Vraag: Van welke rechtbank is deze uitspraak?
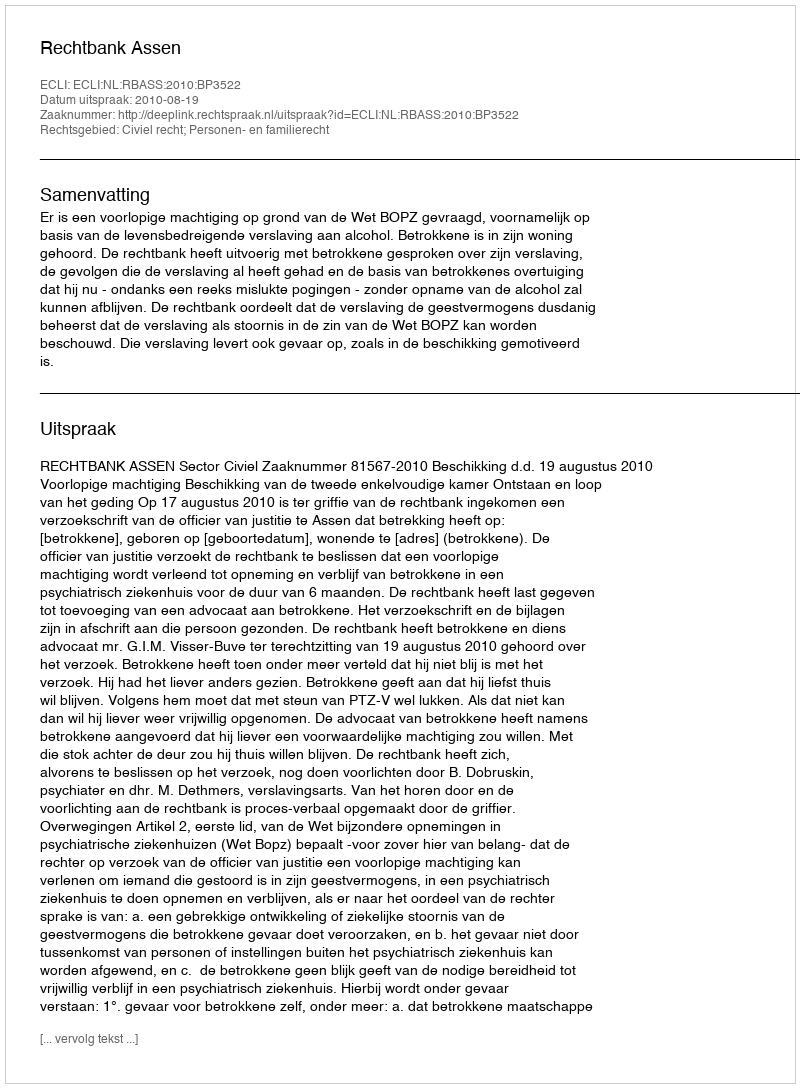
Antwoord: Rechtbank Assen